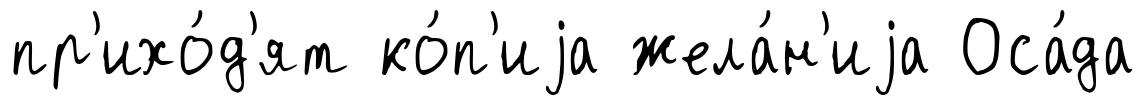
пр'ихо́д'ят ко́п'иjа жела́н'иjа Оса́да